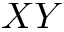
X Y